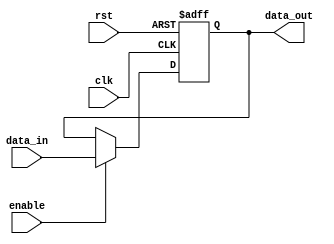
module ForwardingRegister (
    input wire clk,         // Clock signal
    input wire rst,         // Asynchronous reset signal
    input wire [N-1:0] data_in, // Data input
    input wire enable,      // Enable signal
    output reg [N-1:0] data_out // Data output
);
    parameter N = 32; // Data width, can be modified as needed

    // Asynchronous reset and synchronous data capture
    always @(posedge clk or posedge rst) begin
        if (rst) begin
            data_out <= {N{1'b0}}; // Clear the register (set to 0)
        end else if (enable) begin
            data_out <= data_in; // Capture the input data
        end
        // If enable is not asserted, retain the previous value
    end
endmodule